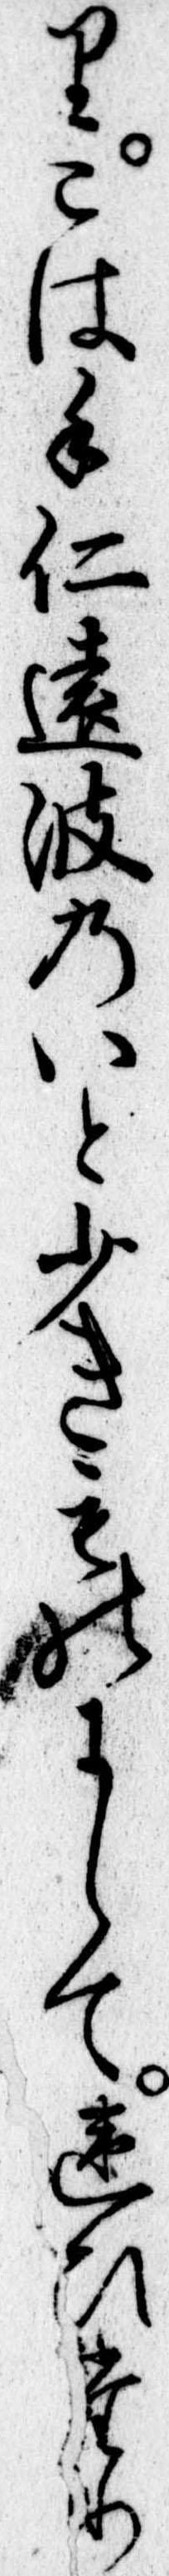
りこは手仁遠波のいと少きものにして違ひたり